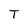
Character: T